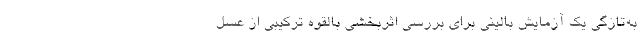
به‌تازگی یک آزمایش بالینی برای بررسی اثربخشی بالقوه ترکیبی از عسل